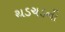
થડચડની